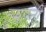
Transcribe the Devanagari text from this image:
तुमास्नी